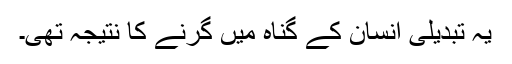
یہ تبدیلی انسان کے گناہ میں گرنے کا نتیجہ تھی۔